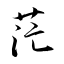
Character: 茫